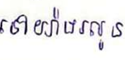
ទៅយ៉ាងរលូន